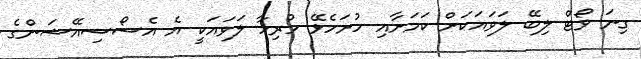
ގިނަ ވޯޓް ލިބޭ ލަވައަކަށް ކަމަށާއި ހުށަހެޅޭ ހުރިހާ ލަވައަކީ އެ އެސޯސިއޭޝަންގެ